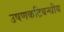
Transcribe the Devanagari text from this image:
उषणकटिबन्धीय